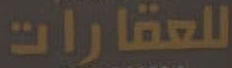
للعقارات